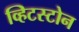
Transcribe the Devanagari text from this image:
व्हिटस्टोन